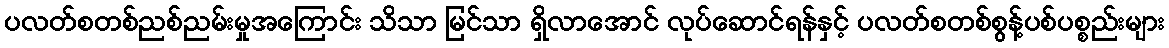
ပလတ်စတစ်ညစ်ညမ်းမှုအကြောင်း သိသာ မြင်သာ ရှိလာအောင် လုပ်ဆောင်ရန်နှင့် ပလတ်စတစ်စွန့်ပစ်ပစ္စည်းများ